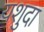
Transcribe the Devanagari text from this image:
यशुदा